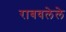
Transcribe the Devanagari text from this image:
राबवलेले